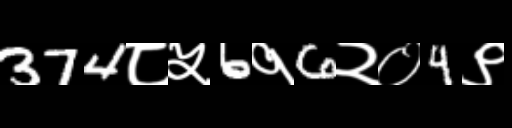
Text: 374८५6१6२०4९